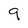
Character: 9